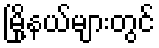
မြို့နယ်များတွင်